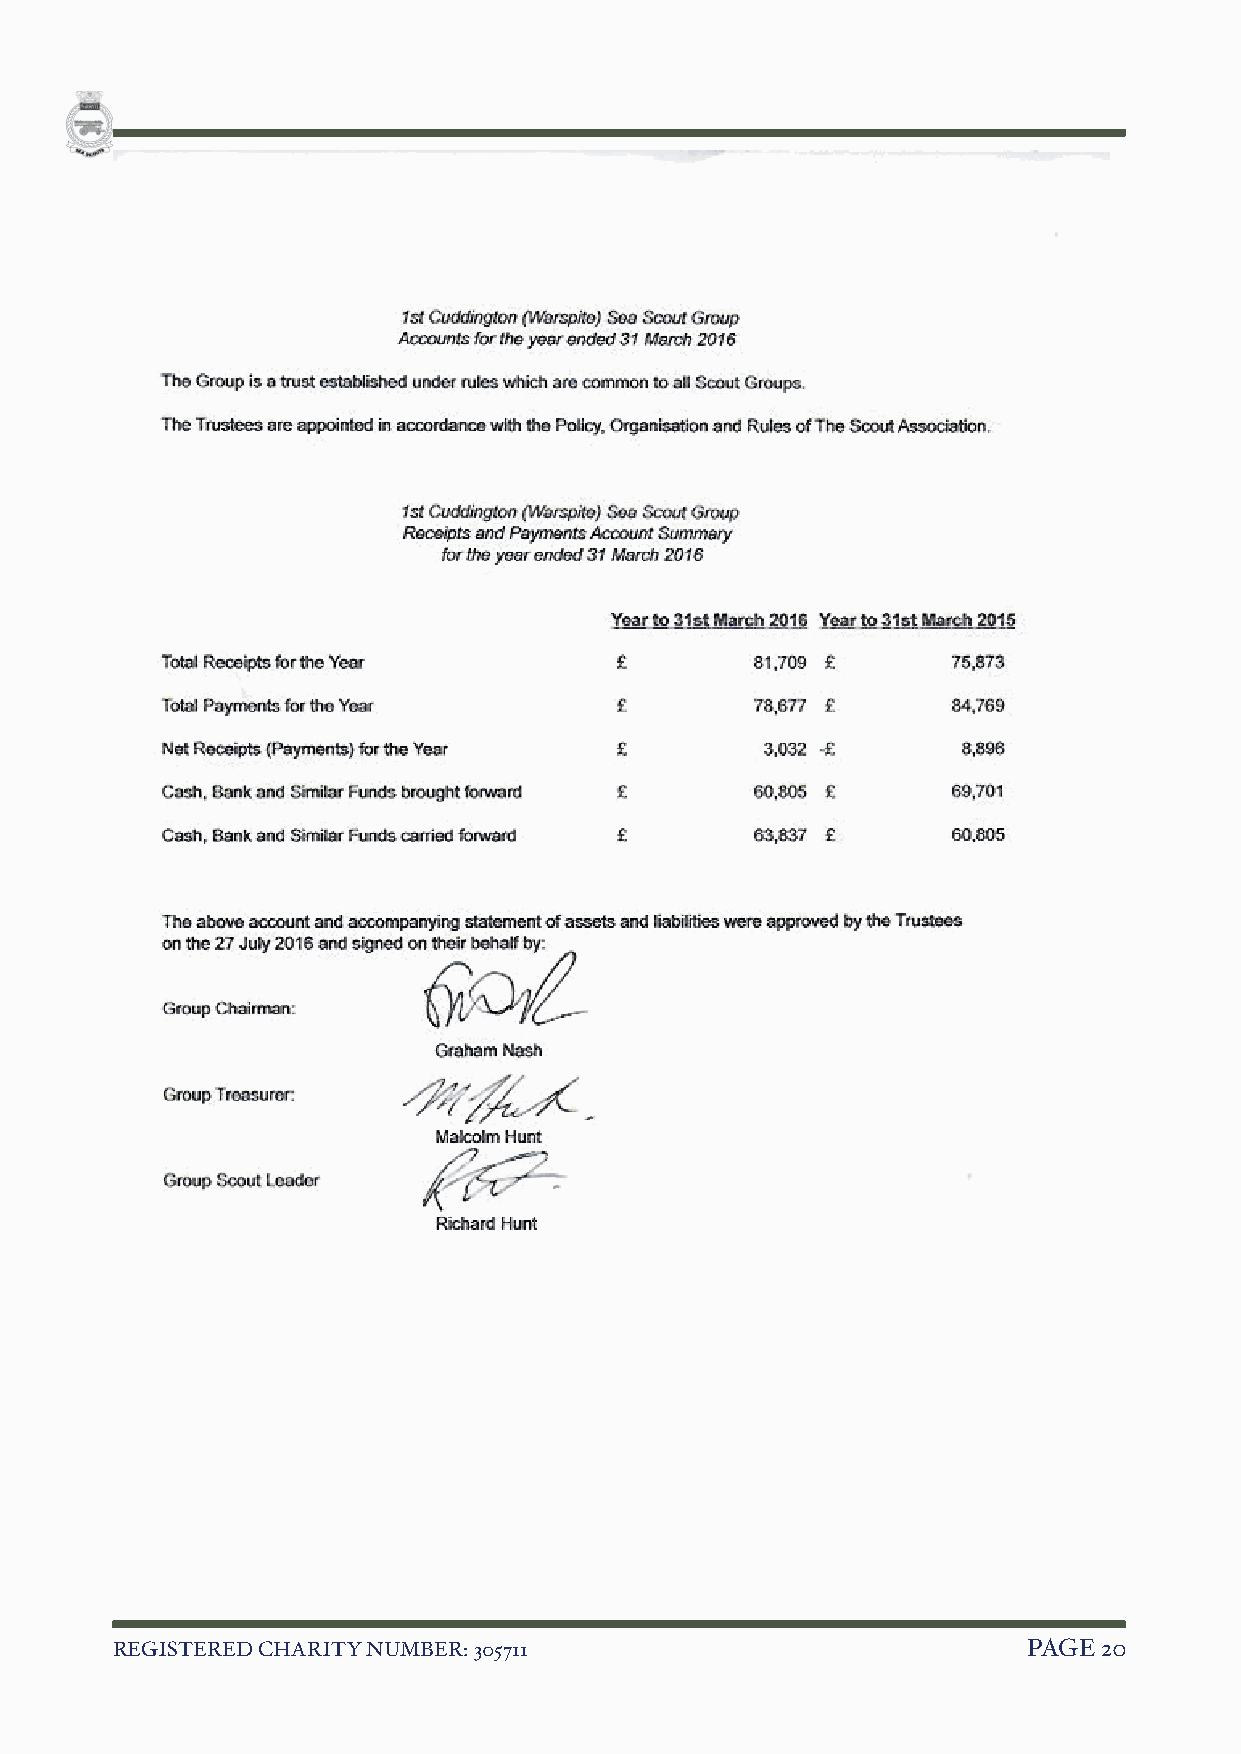
REGISTERED CHARITY NUMBER: 305711                            PAGE 2 0